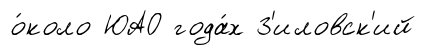
о́коло ЮАО года́х З'иловск'ий